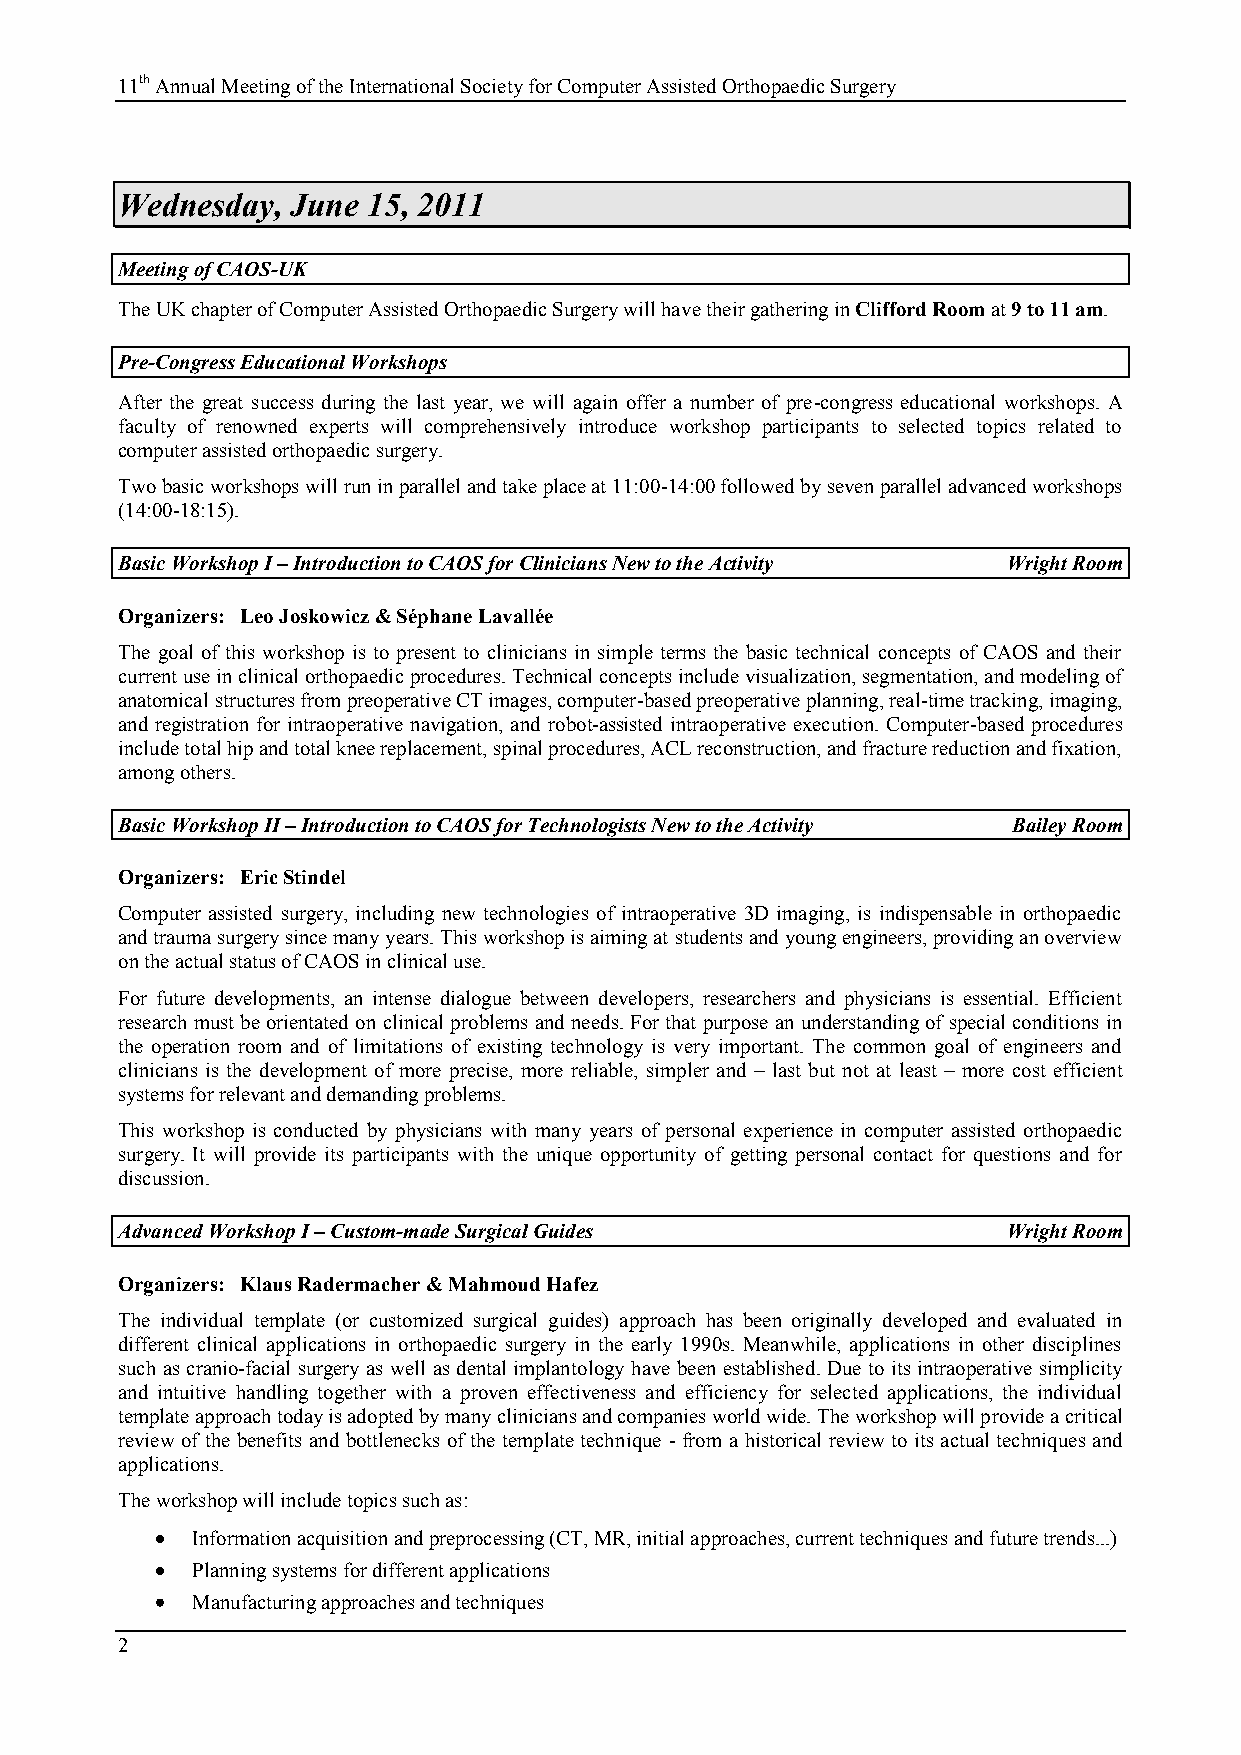
11th Annual Meeting of the International Society for Computer Assisted Orthopaedic Surgery
 Wednesday, June 15, 2011
 Meeting of CAOS-UK
 The UK chapter of Computer Assisted Orthopaedic Surgery will have their gathering in Clifford Room at 9 to 11 am.
 Pre-Congress Educational Workshops
 After the great success during the last year, we will again offer a number of pre-congress educational workshops. A
 faculty of renowned experts will comprehensively introduce workshop participants to selected topics related to
 computer assisted orthopaedic surgery.
 Two basic workshops will run in parallel and take place at 11:00-14:00 followed by seven parallel advanced workshops
 (14:00-18:15).
 Basic Workshop I – Introduction to CAOS for Clinicians New to the Activity Wright Room
 Organizers: Leo Joskowicz & Séphane Lavallée
 The goal of this workshop is to present to clinicians in simple terms the basic technical concepts of CAOS and their
 current use in clinical orthopaedic procedures. Technical concepts include visualization, segmentation, and modeling of
 anatomical structures from preoperative CT images, computer-based preoperative planning, real-time tracking, imaging,
 and registration for intraoperative navigation, and robot-assisted intraoperative execution. Computer-based procedures
 include total hip and total knee replacement, spinal procedures, ACL reconstruction, and fracture reduction and fixation,
 among others.
 Basic Workshop II – Introduction to CAOS for Technologists New to the Activity Bailey Room
 Organizers: Eric Stindel
 Computer assisted surgery, including new technologies of intraoperative 3D imaging, is indispensable in orthopaedic
 and trauma surgery since many years. This workshop is aiming at students and young engineers, providing an overview
 on the actual status of CAOS in clinical use.
 For future developments, an intense dialogue between developers, researchers and physicians is essential. Efficient
 research must be orientated on clinical problems and needs. For that purpose an understanding of special conditions in
 the operation room and of limitations of existing technology is very important. The common goal of engineers and
 clinicians is the development of more precise, more reliable, simpler and – last but not at least – more cost efficient
 systems for relevant and demanding problems.
 This workshop is conducted by physicians with many years of personal experience in computer assisted orthopaedic
 surgery. It will provide its participants with the unique opportunity of getting personal contact for questions and for
 discussion.
 Advanced Workshop I – Custom-made Surgical Guides          Wright Room
 Organizers: Klaus Radermacher & Mahmoud Hafez
 The individual template (or customized surgical guides) approach has been originally developed and evaluated in
 different clinical applications in orthopaedic surgery in the early 1990s. Meanwhile, applications in other disciplines
 such as cranio-facial surgery as well as dental implantology have been established. Due to its intraoperative simplicity
 and intuitive handling together with a proven effectiveness and efficiency for selected applications, the individual
 template approach today is adopted by many clinicians and companies world wide. The workshop will provide a critical
 review of the benefits and bottlenecks of the template technique - from a historical review to its actual techniques and
 applications.
 The workshop will include topics such as:
 Information acquisition and preprocessing (CT, MR, initial approaches, current techniques and future trends...)
 Planning systems for different applications
 Manufacturing approaches and techniques
 2